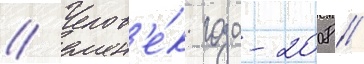
// Челов'е́к года-2008 //